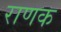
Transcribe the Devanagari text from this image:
राणक